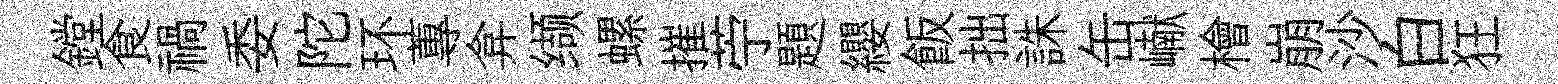
鏜食禍委陀环蓴弇缬螺摧苧題纓飯拙誅缶𪩘檜崩沙白狂